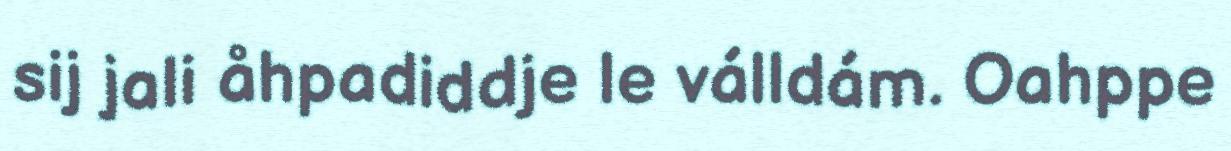
sij jali åhpadiddje le válldám. Oahppe